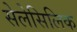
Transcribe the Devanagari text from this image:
सेलेसिलिक